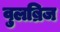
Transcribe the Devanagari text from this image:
वुलब्रिज